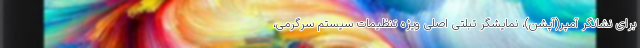
برای نشانگر آمپر(آپشن)، نمایشگر تبلتی اصلی ویژه تنظیمات سیستم سرگرمی،